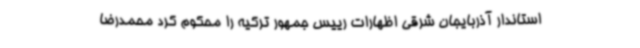
استاندار آذربایجان شرقی اظهارات رییس جمهور ترکیه را محکوم کرد محمدرضا